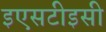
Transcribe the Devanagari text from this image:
इएसटीइसी